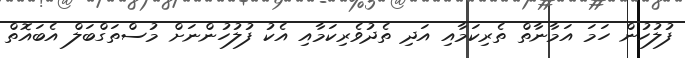
ފުލުހުން ހަމަ އަމާނާތް ތެރިކަމާއި އަދި ތެދުވެރިކަމާއި އެކު ފުލުހުންނަށް މުސްތަގްބަލް އެބައޮތް